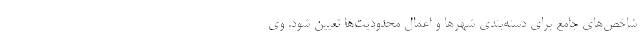
شاخص‌های جامع برای دسته‌بندی شهرها و اعمال محدودیت‌ها تعیین شود. وی